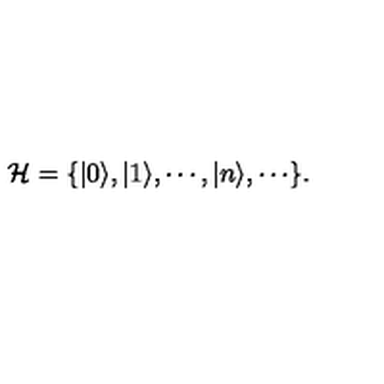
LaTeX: { \cal H } = \{ | 0 \rangle , | 1 \rangle , \cdots , | n \rangle , \cdots \} .